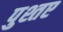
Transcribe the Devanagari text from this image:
पुश्तए